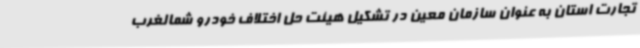
تجارت استان به عنوان سازمان معین در تشکیل هیئت حل اختلاف خودرو شمالغرب